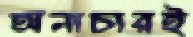
অনাচারই